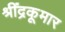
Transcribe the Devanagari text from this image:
श्रींद्रकूमार